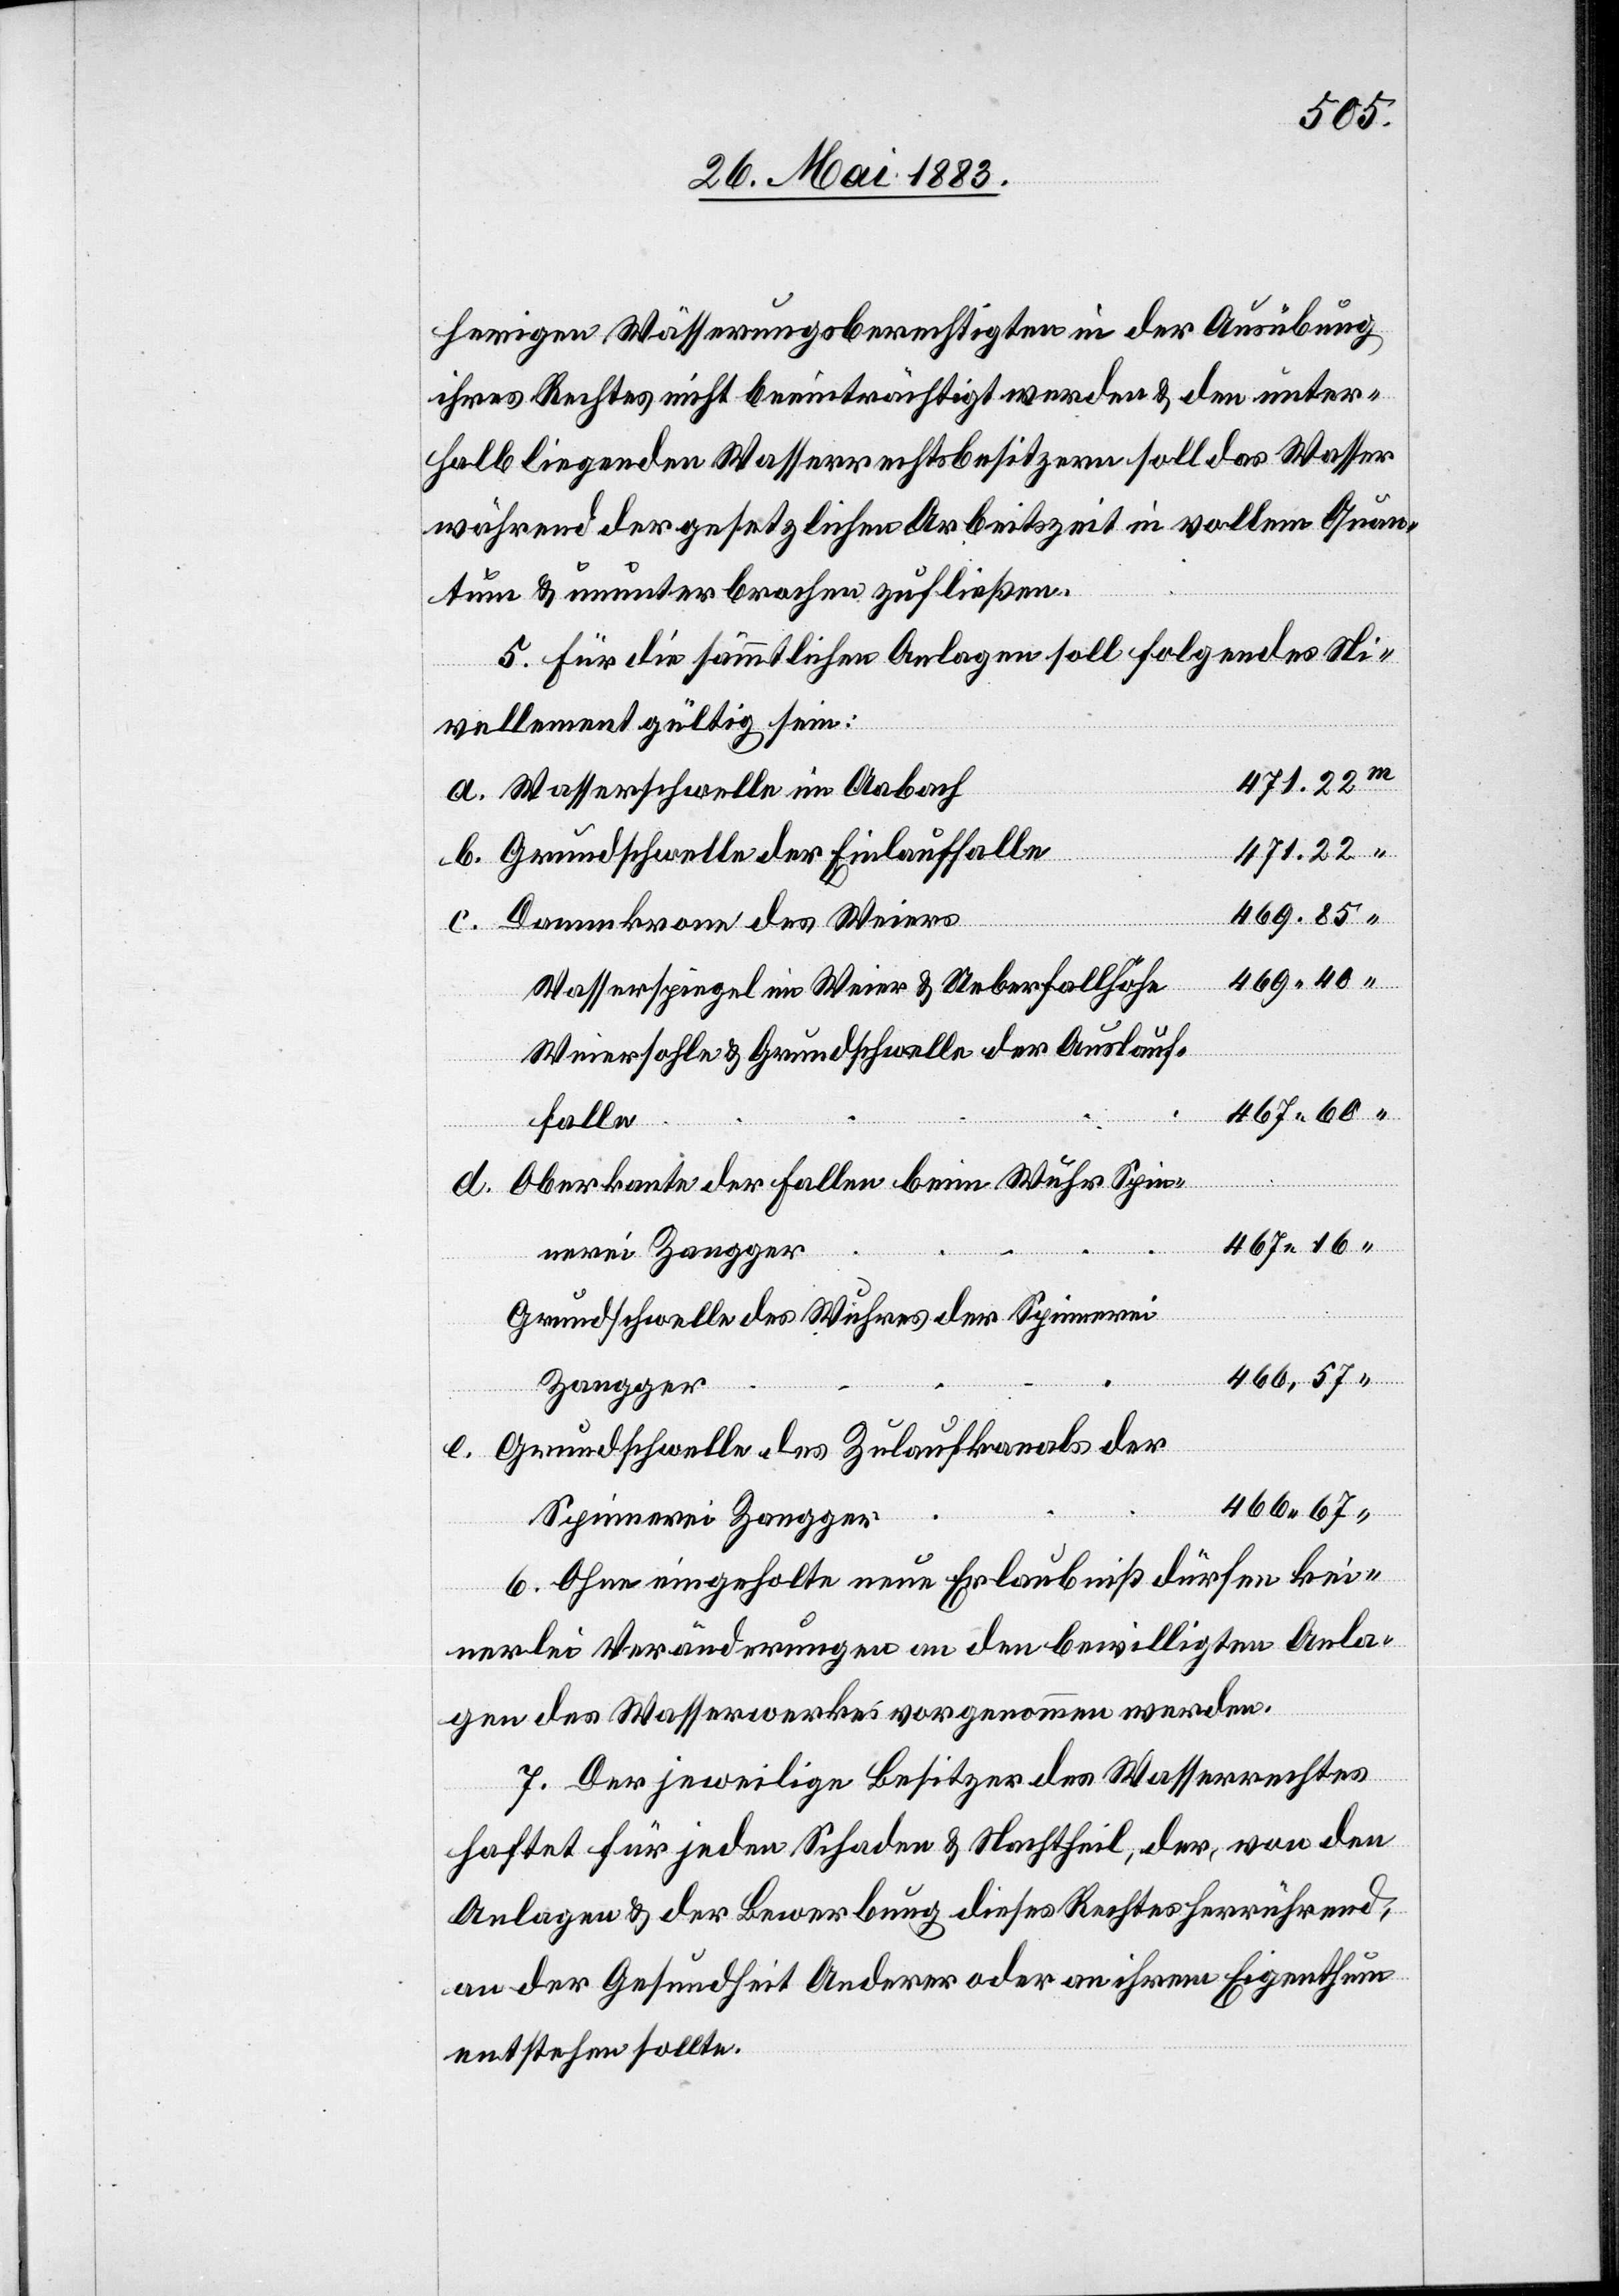
herigen Wässerunsberechtigten in der Ausübung
ihres Rechtes nicht beeinträchtigt werden & den unter¬
halb liegenden Wasserrechtsbesitzern soll das Wasser
während der gesetzlichen Arbeitszeit in vollem Quan¬
tum & ununterbrochen zufließen.
5. Für die sämmtlichen Anlagen soll folgendes Ni¬
vellement gültig sein:
471.22
Wasserschwelle im Aabach
Grundschwelle der Einlauffalle
469.40
Dammkrone des Weiers
c.
Wasserspiegel im Weier & Ueberfallhöhe
Weiersohle & Grundschwelle der Auslauf¬
467.60
falle
Oberkante der Fallen beim Wuhr Spin¬
467.16
nerei Zangger
e.
Grundschwelle des Wuhres der Spinnerei
466.57
Zangger
Grundschwelle des Zulaufkanals der
Spinnerei Zangger
6. Ohne eingeholte neue Erlaubniß dürfen kei¬
nerlei Veränderungen an den bewilligten Anla¬
gen des Wasserwerkes vorgenommen werden.
7. Der jeweilige Besitzer des Wasserrechtes
haftet für jeden Schaden & Nachtheil, der von den
Anlagen & der Bewerbung dieses Rechtes herrührend,
an der Gesundheit Anderer oder an ihrem Eigenthum
entstehen sollte.